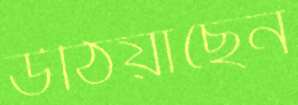
উঠিয়াছেন